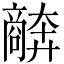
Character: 𫬩